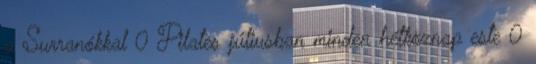
a Surranókkal 0 Pilates júliusban minden hétköznap este 0